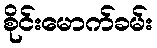
စိုင်းမောက်ခမ်း